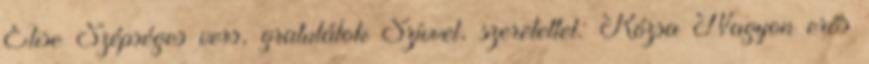
Elise Szépséges vers, gratulálok Szívvel, szeretettel: Rózsa Nagyon erős